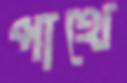
পাথে